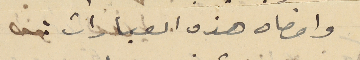
وامضاه هذه العبارات :